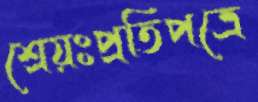
শ্রেয়ঃপ্রতিপত্রে